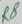
Text: R8